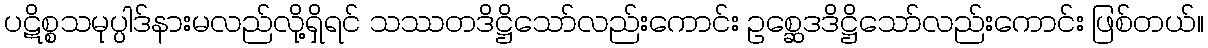
ပဋိစ္စသမုပ္ပါဒ်နားမလည်လို့ရှိရင် သဿတဒိဋ္ဌိသော်လည်းကောင်း ဥစ္ဆေဒဒိဋ္ဌိသော်လည်းကောင်း ဖြစ်တယ်။